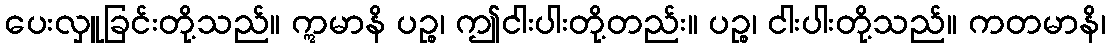
ပေးလှူခြင်းတို့သည်။ ဣမာနိ ပဉ္စ၊ ဤငါးပါးတို့တည်း။ ပဉ္စ၊ ငါးပါးတို့သည်။ ကတမာနိ၊